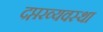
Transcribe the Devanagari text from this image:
दप्तरव्यवस्था